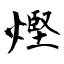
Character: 熞